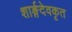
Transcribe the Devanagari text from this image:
शार्ङ्गदेवकृत